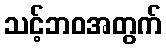
သင့်ဘဝအတွက်